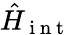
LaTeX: \hat{H}_{\mathrm{~i~n~t~}}